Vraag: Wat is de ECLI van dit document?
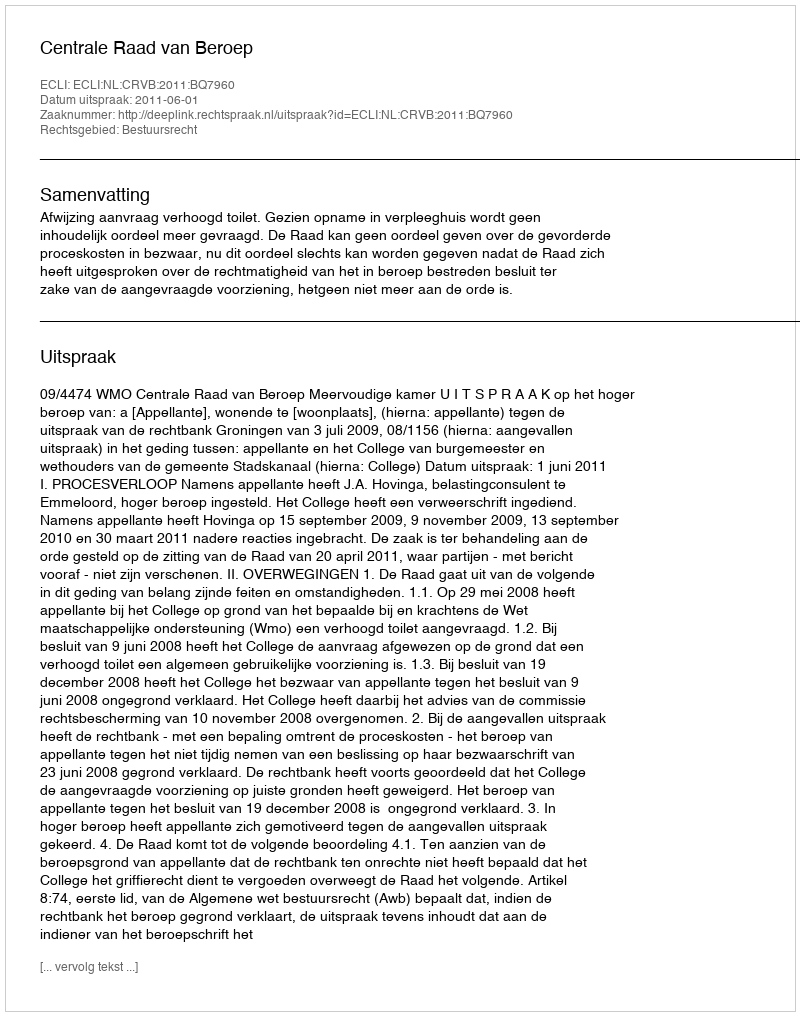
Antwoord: ECLI:NL:CRVB:2011:BQ7960